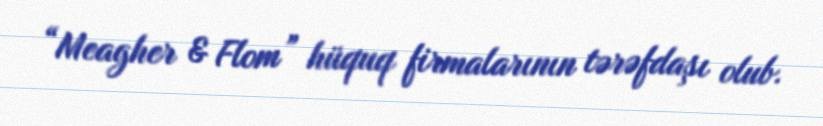
“Meagher & Flom” hüquq firmalarının tərəfdaşı olub.